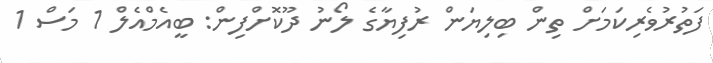
ފަތުރުވެރިކަމަށް ތިން ބިލިޔަން ރުފިޔާގެ ލޯނު ދޫކޮށްފިން: ބީއެމްއެލް 1 މަސް 1